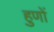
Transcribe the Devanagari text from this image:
हुणों